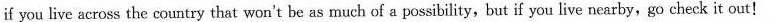
if you live across the country that won't be as much of a possibility,but if you live nearby,go check it out!